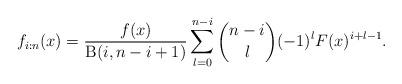
LaTeX: \begin{align*}f_{i:n}(x)=\frac{f(x)}{\operatorname{B}(i,n-i+1)}\sum_{l=0}^{n-i}\binom{n-i}{l}(-1)^lF(x)^{i+l-1}.\end{align*}